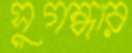
সুগন্ধার